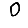
Digit: 0